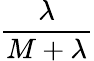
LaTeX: \frac{\lambda}{M+\lambda}